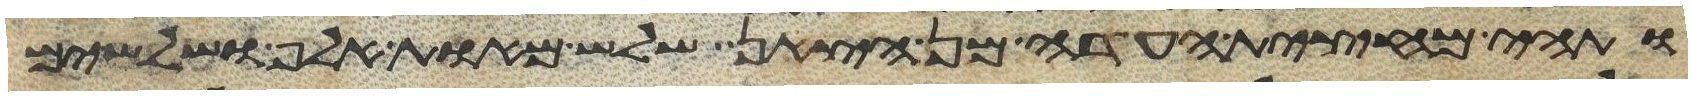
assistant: ותהי מחצית העדה מן הצאן שלש מאות אלף ושלשים